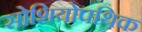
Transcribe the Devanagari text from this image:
सोशियोपथिक